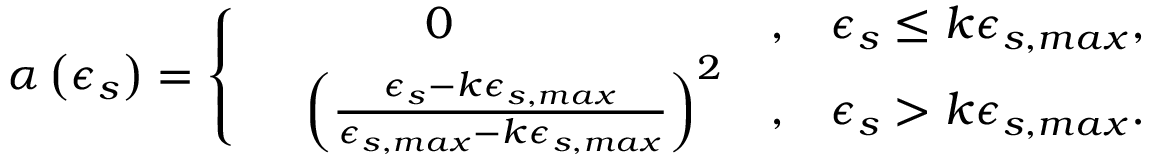
\alpha \left( \epsilon _ { s } \right) = \left\{ \begin{array} { r l r l } & { ~ ~ ~ ~ ~ ~ ~ ~ 0 } & { , } & { \epsilon _ { s } \le k \epsilon _ { s , m a x } , } \\ & { \left( \frac { \epsilon _ { s } - k \epsilon _ { s , m a x } } { \epsilon _ { s , m a x } - k \epsilon _ { s , m a x } } \right) ^ { 2 } } & { , } & { \epsilon _ { s } > k \epsilon _ { s , m a x } . } \end{array} \right.